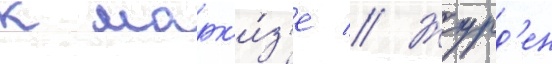
к марк'и́з'е // Журд'ен